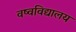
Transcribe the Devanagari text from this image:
वष्वविद्यालय